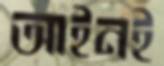
আইনই